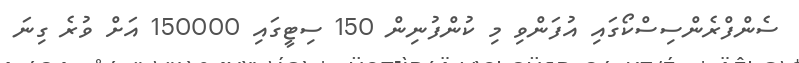
ސެންފްރެންސިސްކޯގައި އުފަންވި މި ކުންފުނިން 150 ސިޓީގައި 150000 އަށް ވުރެ ގިނަ